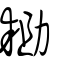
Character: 耡